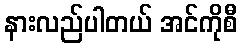
နားလည်ပါတယ် အင်ကိုစီ